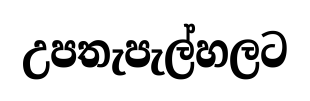
උපතැපැල්හලට